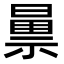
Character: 𫀝